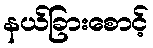
နယ်ခြားစောင့်